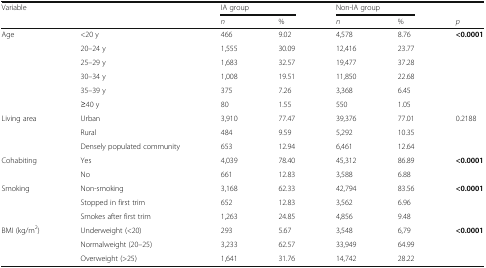
<table><thead><tr><td><b>Variable</b></td><td></td><td colspan="2"><b>IA group</b></td><td colspan="2"><b>Non-IA group</b></td><td></td></tr><tr><td></td><td></td><td><b><i>n</i></b></td><td><b>%</b></td><td><b><i>n</i></b></td><td><b>%</b></td><td><b><i>p</i></b></td></tr></thead><tbody><tr><td rowspan="6">Age</td><td>&lt;20 y</td><td>466</td><td>9.02</td><td>4,578</td><td>8.76</td><td rowspan="6"><b>&lt;0.0001</b></td></tr><tr><td>20–24 y</td><td>1,555</td><td>30.09</td><td>12,416</td><td>23.77</td></tr><tr><td>25–29 y</td><td>1,683</td><td>32.57</td><td>19,477</td><td>37.28</td></tr><tr><td>30–34 y</td><td>1,008</td><td>19.51</td><td>11,850</td><td>22.68</td></tr><tr><td>35–39 y</td><td>375</td><td>7.26</td><td>3,368</td><td>6.45</td></tr><tr><td>≥40 y</td><td>80</td><td>1.55</td><td>550</td><td>1.05</td></tr><tr><td rowspan="3">Living area</td><td>Urban</td><td>3,910</td><td>77.47</td><td>39,376</td><td>77.01</td><td rowspan="3">0.2188</td></tr><tr><td>Rural</td><td>484</td><td>9.59</td><td>5,292</td><td>10.35</td></tr><tr><td>Densely populated community</td><td>653</td><td>12.94</td><td>6,461</td><td>12.64</td></tr><tr><td rowspan="2">Cohabiting</td><td>Yes</td><td>4,039</td><td>78.40</td><td>45,312</td><td>86.89</td><td rowspan="2"><b>&lt;0.0001</b></td></tr><tr><td>No</td><td>661</td><td>12.83</td><td>3,588</td><td>6.88</td></tr><tr><td rowspan="3">Smoking</td><td>Non-smoking</td><td>3,168</td><td>62.33</td><td>42,794</td><td>83.56</td><td rowspan="3"><b>&lt;0.0001</b></td></tr><tr><td>Stopped in first trim</td><td>652</td><td>12.83</td><td>3,562</td><td>6.96</td></tr><tr><td>Smokes after first trim</td><td>1,263</td><td>24.85</td><td>4,856</td><td>9.48</td></tr><tr><td rowspan="3">BMI (kg/m<sup>2</sup>)</td><td>Underweight (&lt;20)</td><td>293</td><td>5.67</td><td>3,548</td><td>6,79</td><td rowspan="3"><b>&lt;0.0001</b></td></tr><tr><td>Normalweight (20–25)</td><td>3,233</td><td>62.57</td><td>33,949</td><td>64.99</td></tr><tr><td>Overweight (&gt;25)</td><td>1,641</td><td>31.76</td><td>14,742</td><td>28.22</td></tr></tbody></table>